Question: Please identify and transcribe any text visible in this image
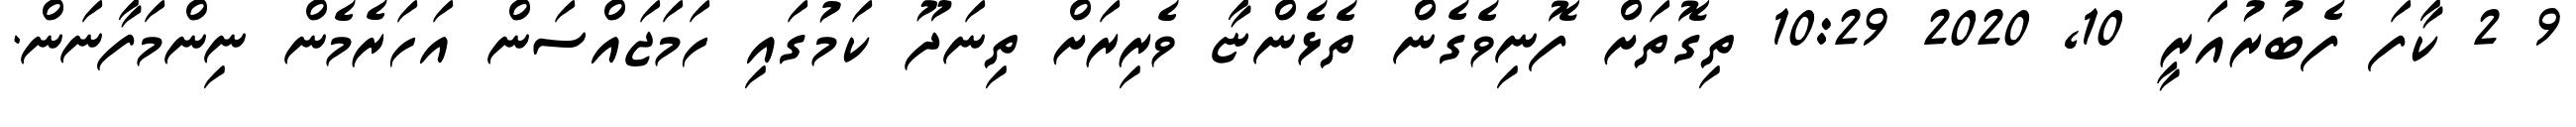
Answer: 9 2 ކާފަ ފެބުރުއަރީ 10, 2020 10:29 ތިގޮތަށް ފޮނިވެގެން ތެޅެންޏާ ވެރިރަށް ތިނަދޫ ކަމުގައި ހަމަޖައްސަން އަހަރެމެން ނިންމަފާނަން.